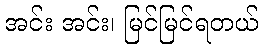
အင်း အင်း၊ မြင်မြင်ရတယ်